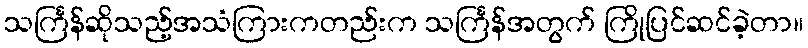
သင်္ကြန်ဆိုသည့်အသံကြားကတည်းက သင်္ကြန်အတွက် ကြိုပြင်ဆင်ခဲ့တာ။